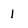
Character: 1